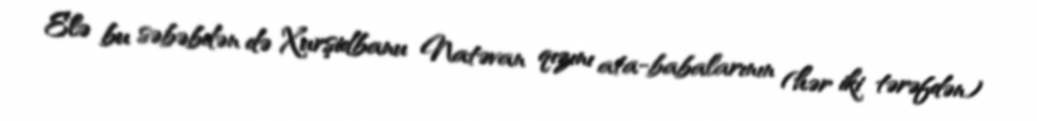
Elə bu səbəbdən də Xurşidbanu Natəvan qızını ata-babalarının (hər iki tərəfdən)